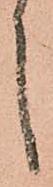
言